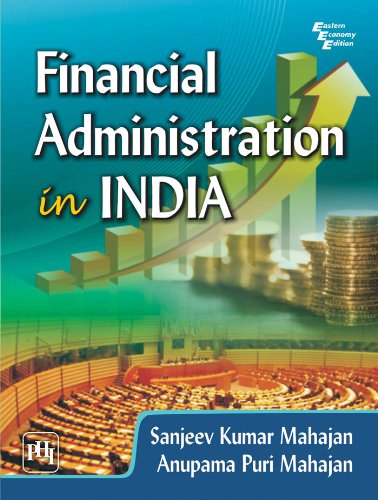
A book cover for Financial Administration in India; Sanjeev Kumar Mahajan; Business & Money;